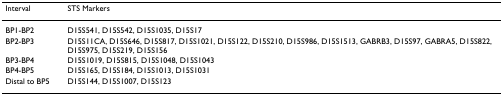
<table><thead><tr><td><b>Interval</b></td><td><b>STS Markers</b></td></tr></thead><tbody><tr><td>BP1-BP2</td><td>D15S541, D15S542, D15S1035, D15S17</td></tr><tr><td>BP2-BP3</td><td>D15S11CA, D15S646, D15S817, D15S1021, D15S122, D15S210, D15S986, D15S1513, GABRB3, D15S97, GABRA5, D15S822, D15S975, D15S219, D15S156</td></tr><tr><td>BP3-BP4</td><td>D15S1019, D15S815, D15S1048, D15S1043</td></tr><tr><td>BP4-BP5</td><td>D15S165, D15S184, D15S1013, D15S1031</td></tr><tr><td>Distal to BP5</td><td>D15S144, D15S1007, D15S123</td></tr></tbody></table>